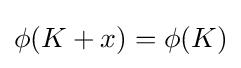
\phi (K+x)=\phi (K)